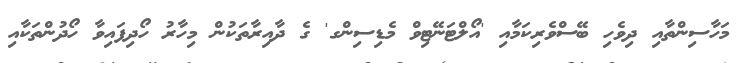
މަހާސިންތާއި ދިވެހި ބޭސްވެރިކަމާއި 'އޯލްޓަނޭޓިވް މެޑިސިންގ' ގެ ދާއިރާތަކުން މިހާރު ހޯދިފައިވާ ހޯދުންތަކާއި